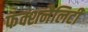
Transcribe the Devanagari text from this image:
फंक्शनैलिटी